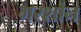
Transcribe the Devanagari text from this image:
गरशौन